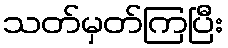
သတ်မှတ်ကြပြီး